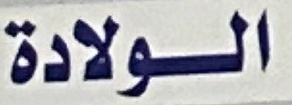
الولادة